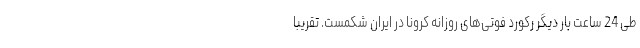
طی 24 ساعت بار دیگر رکورد فوتی‌های روزانه کرونا در ایران شکمست. تقریبا